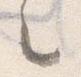
之